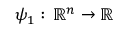
\psi _ { 1 } : \, \mathbb { R } ^ { n } \to \mathbb { R }